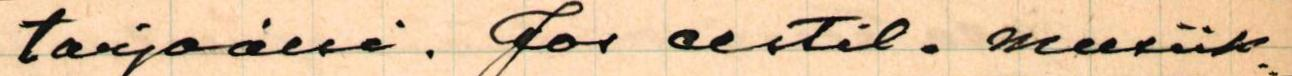
tarjoaisi. Jos eestil. musiik=